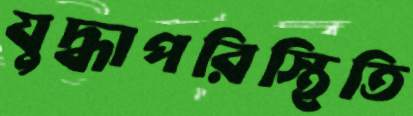
যুদ্ধাপরিস্থিতি